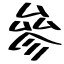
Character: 參